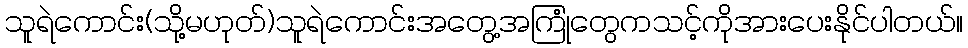
သူရဲကောင်း(သို့မဟုတ်)သူရဲကောင်းအတွေ့အကြုံတွေကသင့်ကိုအားပေးနိုင်ပါတယ်။